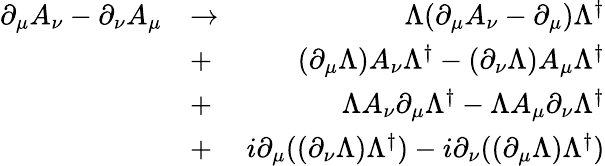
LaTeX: \begin{array}{rlr}{\partial_{\mu}A_{\nu}-\partial_{\nu}A_{\mu}}&{\to}&{\Lambda(\partial_{\mu}A_{\nu}-\partial_{\mu})\Lambda^{\dagger}}\\ &{+}&{(\partial_{\mu}\Lambda)A_{\nu}\Lambda^{\dagger}-(\partial_{\nu}\Lambda)A_{\mu}\Lambda^{\dagger}}\\ &{+}&{\Lambda A_{\nu}\partial_{\mu}\Lambda^{\dagger}-\Lambda A_{\mu}\partial_{\nu}\Lambda^{\dagger}}\\ &{+}&{i\partial_{\mu}((\partial_{\nu}\Lambda)\Lambda^{\dagger})-i\partial_{\nu}((\partial_{\mu}\Lambda)\Lambda^{\dagger})}\end{array}